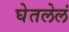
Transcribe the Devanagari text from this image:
घेतलेलं